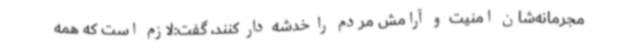
مجرمانه‌شان امنیت و آرامش مردم را خدشه دار کنند، گفت:لازم است که همه